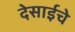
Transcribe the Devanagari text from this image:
देसाईचे